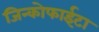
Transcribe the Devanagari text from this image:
जिन्कोफाईटा